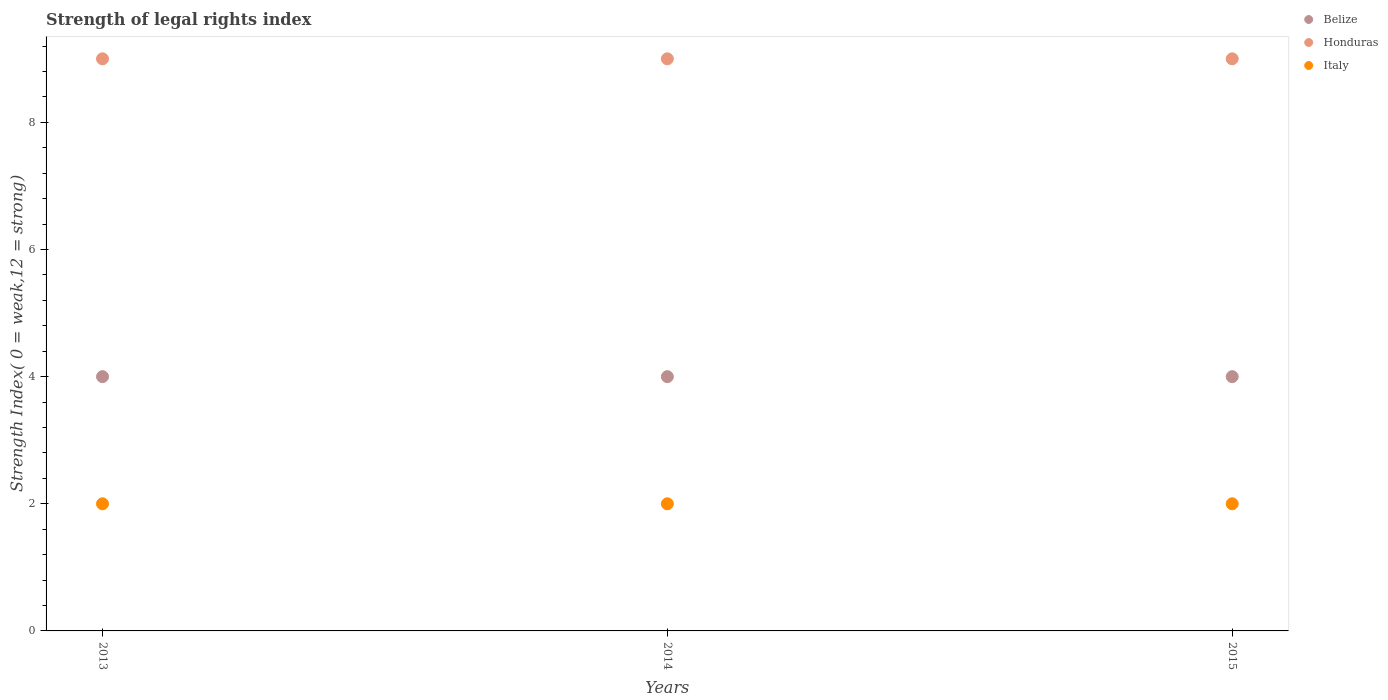
| Years | Belize | Honduras | Italy |
 | --- | --- | --- | --- |
 | 2013 | 4 | 9 | 2 |
 | 2014 | 4 | 9 | 2 |
 | 2015 | 4 | 9 | 2 |